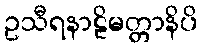
ဥသီရနာဠိမတ္တာနိပိ